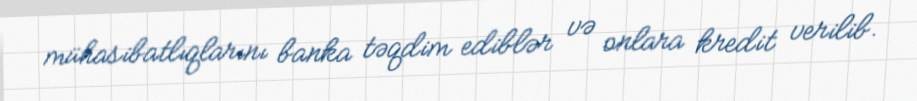
mühasibatlıqlarını banka təqdim ediblər və onlara kredit verilib.